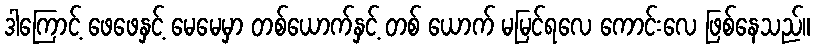
ဒါကြောင့် ဖေဖေနှင့် မေမေမှာ တစ်ယောက်နှင့် တစ် ယောက် မမြင်ရလေ ကောင်းလေ ဖြစ်နေသည်။